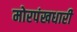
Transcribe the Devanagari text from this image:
मोरपंखधारी